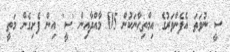
ސީ ނުވަތަ އެފެންވަރުގެ އިމްތިޙާނަކުން 05 މާއްދާއިން 'ސީ' އިން ފެށިގެން މަތީ